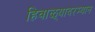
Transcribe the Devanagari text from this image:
हिवाळ्यादरम्यान